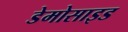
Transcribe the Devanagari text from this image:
डेमोसाइड